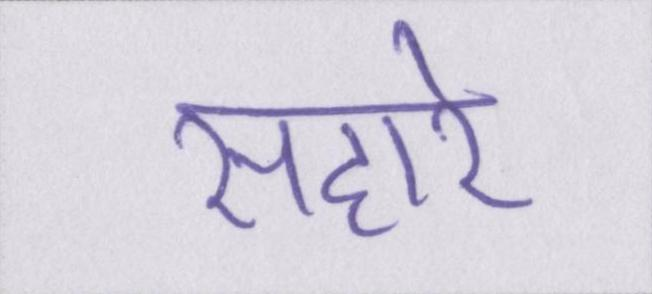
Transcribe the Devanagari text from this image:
सहारे